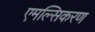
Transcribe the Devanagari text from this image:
एमल्सिकरण